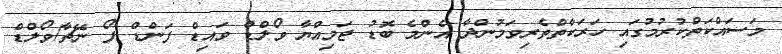
މަސައްކަތްކުރުމުގައި ހަރަކާތްތެރިވަމުންދާ އެންމެ ބޮޑު ޖަމިއްޔާ ވޯލްޑް ވައިޑް ފަންޑް ފޯ ނޭޗާ/ވޯލްޑް